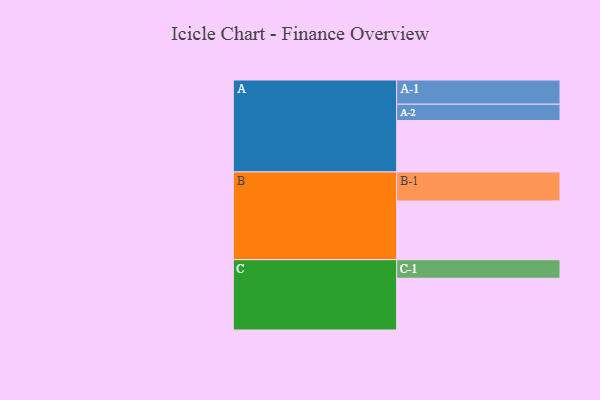
{"axis": {"x": "Segment", "y": "Value"}, "legend": ["", "A", "B", "C"], "data": [{"x": "A", "y": 521, "type": ""}, {"x": "B", "y": 594, "type": ""}, {"x": "C", "y": 524, "type": ""}, {"x": "A-1", "y": 245, "type": "A"}, {"x": "A-2", "y": 165, "type": "A"}, {"x": "B-1", "y": 294, "type": "B"}, {"x": "C-1", "y": 188, "type": "C"}]}